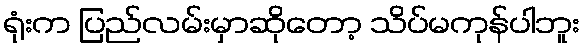
ရုံးက ပြည်လမ်းမှာဆိုတော့ သိပ်မကုန်ပါဘူး